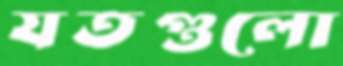
যতগুলো